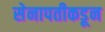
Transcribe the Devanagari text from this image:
सेनापतीकडून